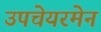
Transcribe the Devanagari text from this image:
उपचेयरमेन